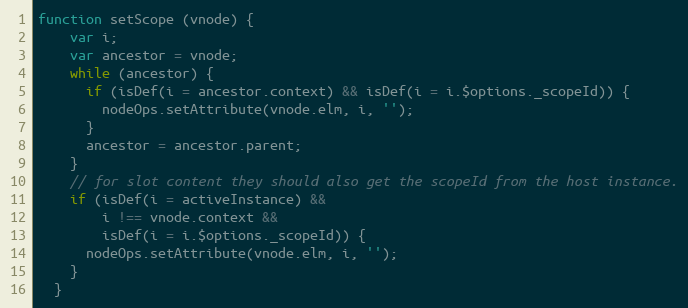
Language: JavaScript
function setScope (vnode) {
    var i;
    var ancestor = vnode;
    while (ancestor) {
      if (isDef(i = ancestor.context) && isDef(i = i.$options._scopeId)) {
        nodeOps.setAttribute(vnode.elm, i, '');
      }
      ancestor = ancestor.parent;
    }
    // for slot content they should also get the scopeId from the host instance.
    if (isDef(i = activeInstance) &&
        i !== vnode.context &&
        isDef(i = i.$options._scopeId)) {
      nodeOps.setAttribute(vnode.elm, i, '');
    }
  }